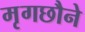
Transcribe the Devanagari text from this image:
मृगछौने